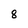
Character: 8